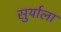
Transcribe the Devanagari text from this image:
सुर्याला